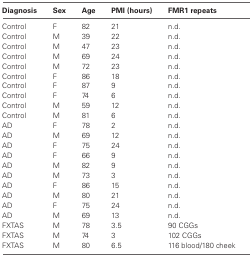
| Diagnosis | Sex | Age | PMI (hours) | FMR1 repeats |
 | --- | --- | --- | --- | --- |
 | Control | F | 82 | 21 | n.d. |
 | Control | M | 39 | 22 | n.d. |
 | Control | M | 47 | 23 | n.d. |
 | Control | M | 69 | 24 | n.d. |
 | Control | M | 72 | 23 | n.d. |
 | Control | F | 86 | 18 | n.d. |
 | Control | F | 87 | 9 | n.d. |
 | Control | F | 74 | 6 | n.d. |
 | Control | M | 59 | 12 | n.d. |
 | Control | M | 81 | 6 | n.d. |
 | AD | F | 78 | 2 | n.d. |
 | AD | M | 69 | 12 | n.d. |
 | AD | F | 75 | 24 | n.d. |
 | AD | F | 66 | 9 | n.d. |
 | AD | M | 82 | 9 | n.d. |
 | AD | M | 73 | 3 | n.d. |
 | AD | F | 86 | 15 | n.d. |
 | AD | M | 80 | 21 | n.d. |
 | AD | F | 75 | 24 | n.d. |
 | AD | M | 69 | 13 | n.d. |
 | FXTAS | M | 78 | 3.5 | 90 CGGs |
 | FXTAS | M | 74 | 3 | 102 CGGs |
 | FXTAS | M | 80 | 6.5 | 116 blood/180 cheek |